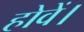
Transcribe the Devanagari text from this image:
होवें।